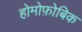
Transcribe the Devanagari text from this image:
होमोफ़ोबिक